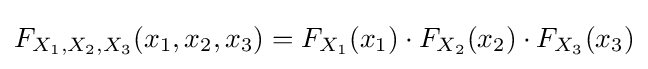
F_{X_{1},X_{2},X_{3}}(x_{1},x_{2},x_{3})=F_{X_{1}}(x_{1})\cdot F_{X_{2}}(x_{2})\cdot F_{X_{3}}(x_{3})